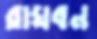
রাঘবন